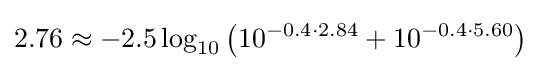
2.76\approx -2.5\log _{10}\left(10^{-0.4\cdot 2.84}+10^{-0.4\cdot 5.60}\right)